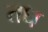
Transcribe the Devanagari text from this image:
तध